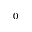
_ { 0 }